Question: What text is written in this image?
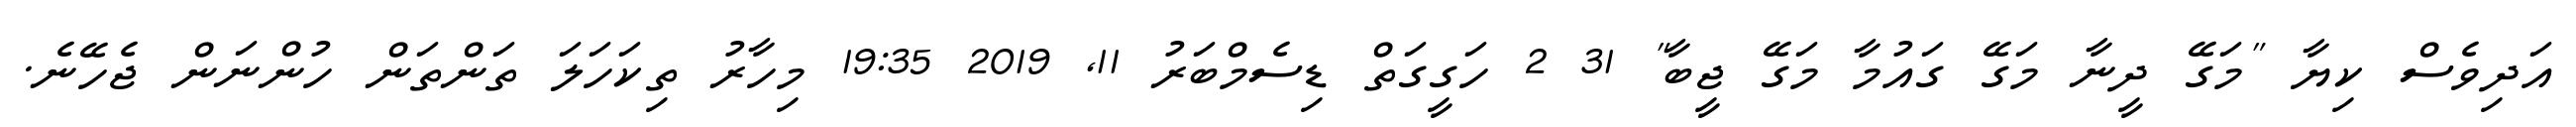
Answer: އަދިވެސް ކިޔާ "މަގޭ ދީނާ މަގޭ ގައުމާ މަގޭ ޖީބާ" 31 2 ހަގީގަތް ޑިސެމްބަރު 11, 2019 19:35 މިހާރު ތިކަހަލަ ތަންތަން ހުންނަން ޖެހޭނެ.